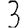
Digit: 3